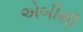
એબીથી